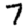
Digit: 7